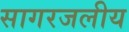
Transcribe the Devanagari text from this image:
सागरजलीय